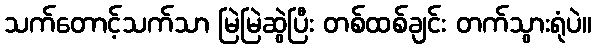
သက်တောင့်သက်သာ မြဲမြဲဆွဲပြီး တစ်ထစ်ချင်း တက်သွားရုံပဲ။